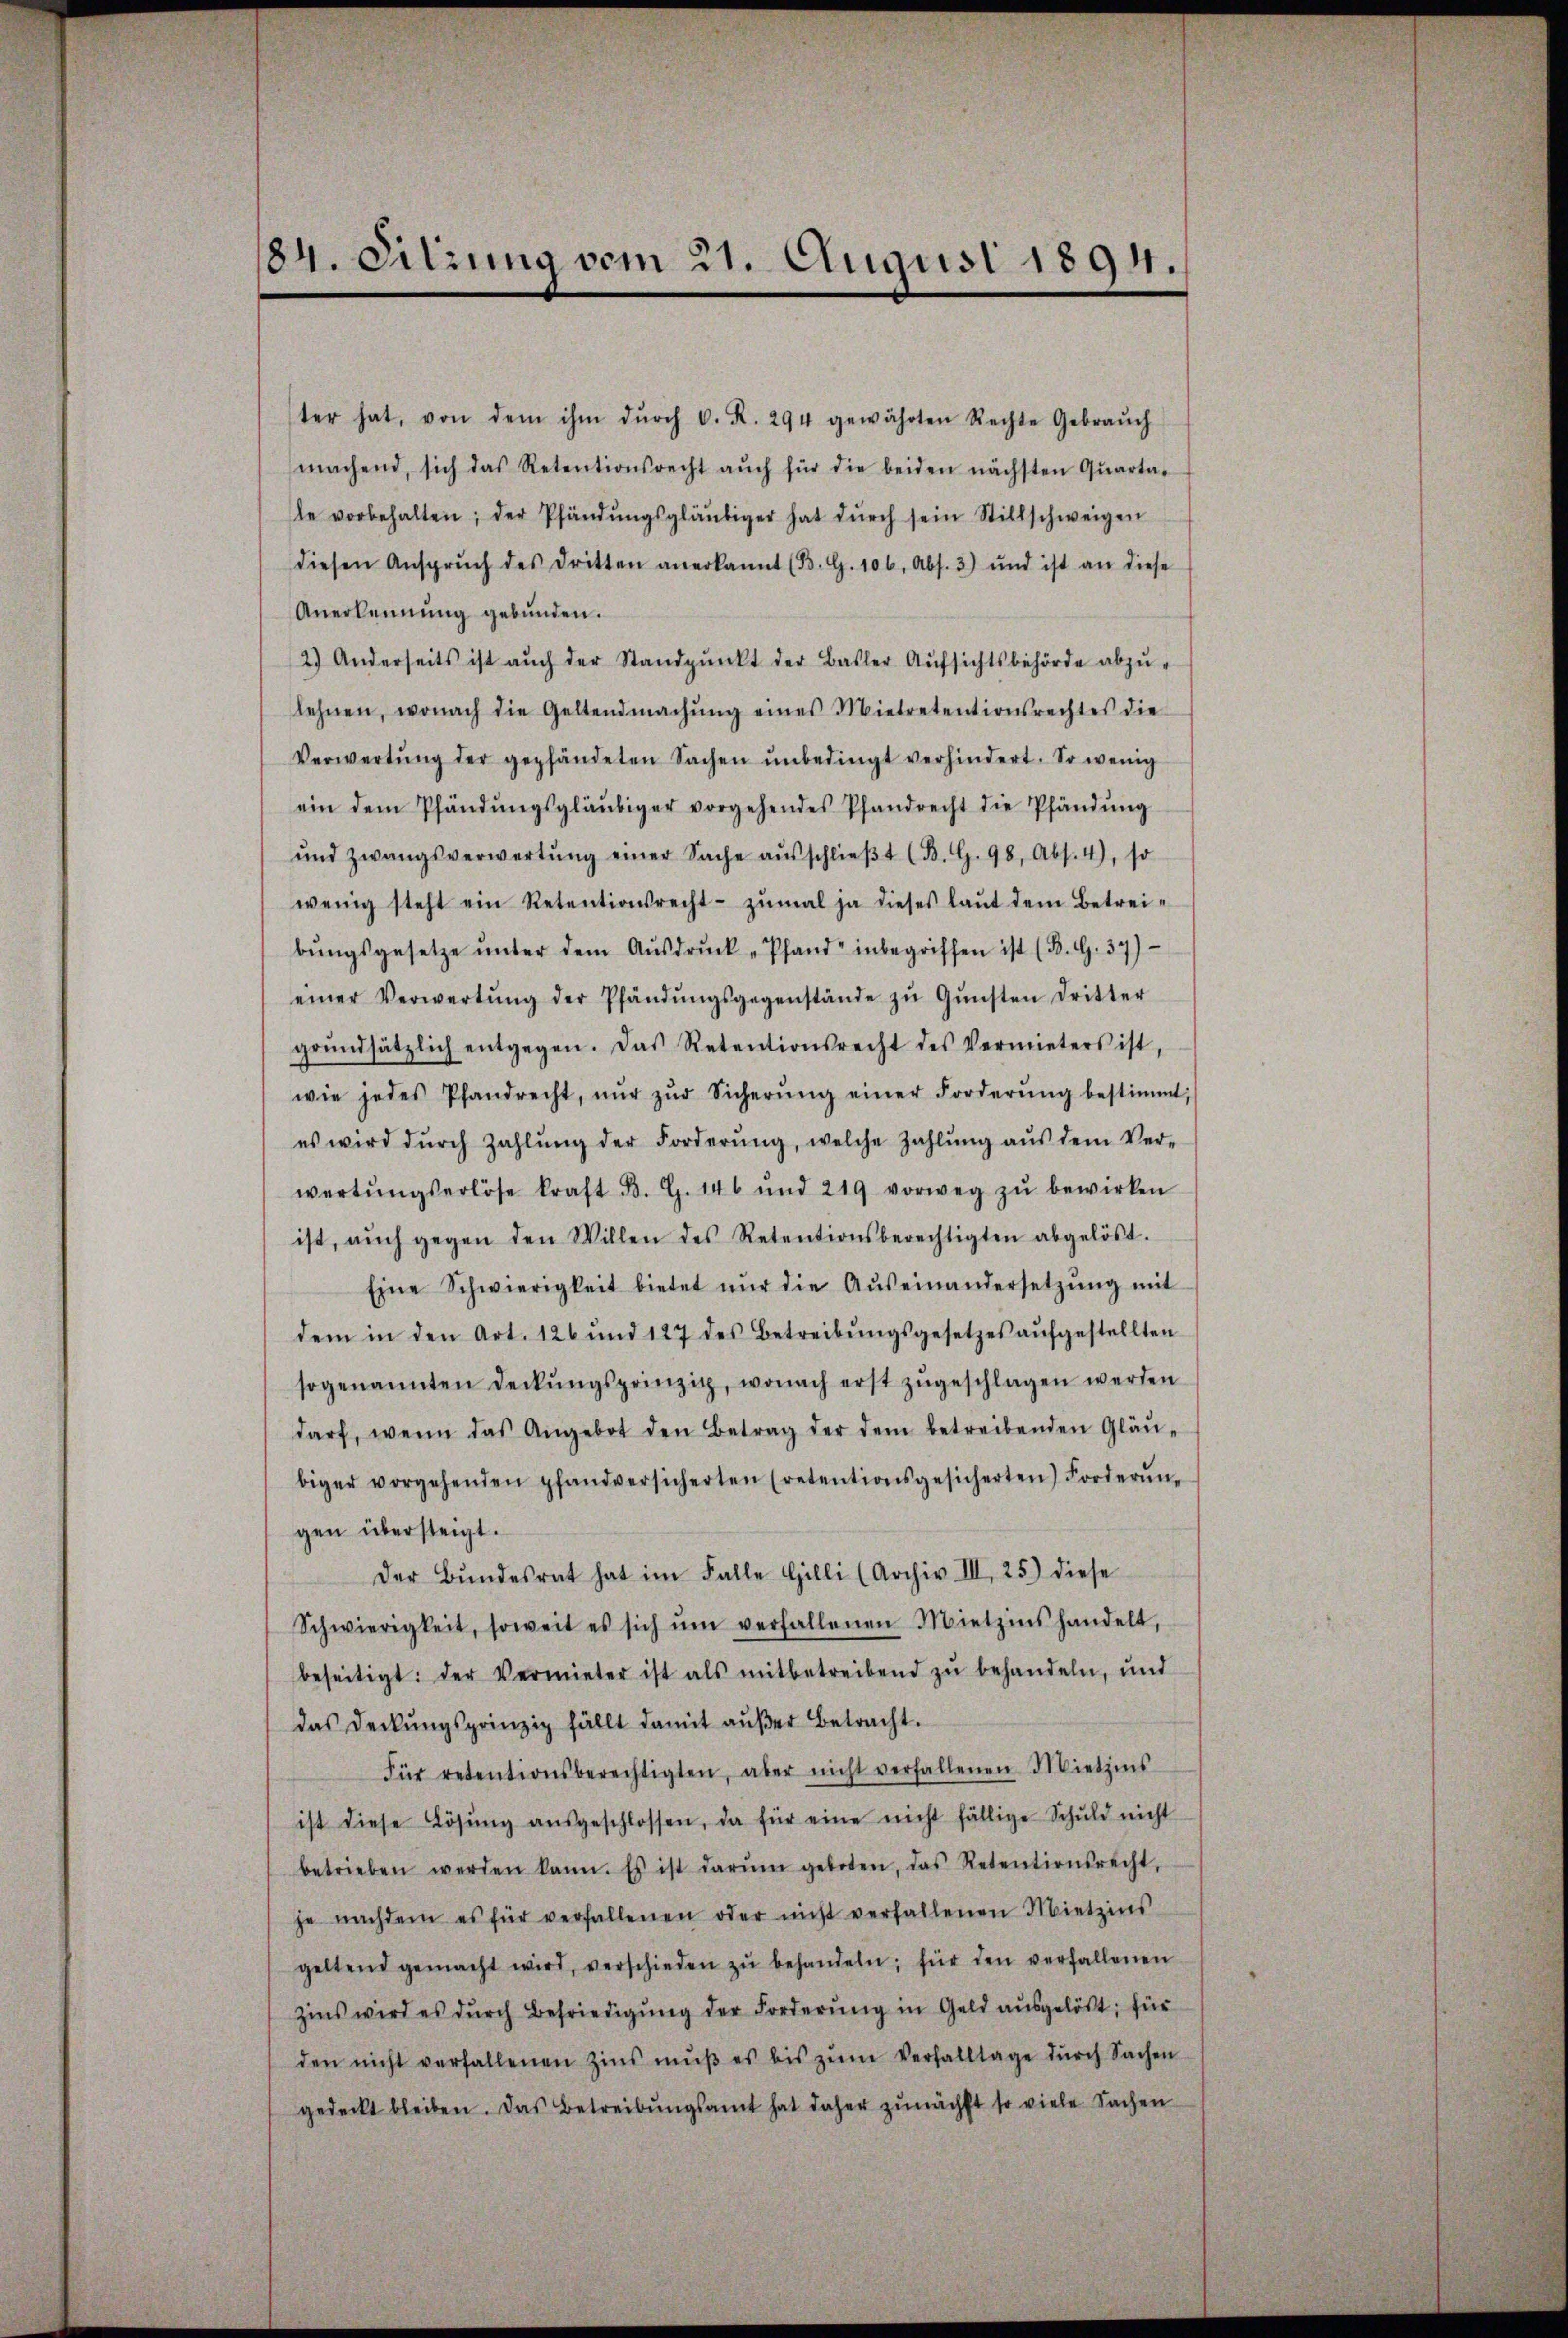
184. Sitzung vom 21. August 1894.

ter hat, von dem ihm dŭrch C. R. 294 gewährten Rechte Gebraŭch
machend, sich das Retentionsrecht aŭch für die beiden nächsten Qŭarta-
te vorbehalten; der Pfändŭngsgläubiger hat dŭrch sein Stillschweigen
diesen Ansprŭch des dritten anerkannt (B. G. 106, Abs. 3) und ist an diese
Anerkennung gebunden.
2) Anderseits ist aŭch der Standpŭnkt der Basler Aŭfsichtsbehörde abzŭ-
lehnen, wonach die Geltendmachŭng eines Mietretentionsrechtes die
Verwertŭng der gepfändeten Sachen ŭnbedingt verhindert. So wenig
ein dem Pfändŭngsgläubiger vorgehendes Pfandrecht die Pfändung
und zwangsverwertŭng einer Sache aŭsschlieβt (B. G. 98, Abs. 4), so
wenig steht ein Retentionsrecht zŭmal ja dieses laŭt dem Betreibŭngsgesetze ŭnter dem Aŭsdrŭck „Pfand inbegriffen ist (B. G. 37)
einer Verwertŭng der Pfändŭngsgegenstände zŭ Gŭnsten dritter
grŭndsätzlich entgegen. Das Retentionsrecht des Vermieters ist,
wie jedes Pfandrecht, nŭr zŭr Sicherŭng einer Forderŭng bestimmt,
es wird dŭrch Zahlŭng der Forderŭng, welche Zahlŭng aŭs dem Ver-
wertŭngserlöse kraft B. G. 146 und 219 vorweg zŭ bewirken
ist, aŭch gegen den Willen des Retentionsberechtigten abgelöst.
Eine Schwierigkeit bietet nŭr die Aŭseinandersetzŭng mit
dem in den Art. 126 und 127 des Betreibŭngsgesetzes aŭfgestellten
sogenannten Deckŭngsprinzip, wonach erst zŭgeschlagen werden
darf, wenn das Angebot den Betrag der dem betreibenden Gläu-
biger vorgehenden pfandversicherten (retentionsgesicherten) Forderŭng
gen übersteigt.
der Bŭndesrat hat im Falle Gilli (Archiv III, 25) diese
Schwierigkeit, soweit es sich ŭm verfallenen Mietzinshandelt,
beseitigt: der Vermieter ist als mitbetreibend zŭ behandeln, und
das Deckŭngsprinzip fällt damit aŭβer Betracht.
Für retentionsberechtigten, aber nicht verfallenen Mietzins
ist diese Lösŭng aŭsgeschlossen, da für eine nicht fällige Schŭld nicht
betrieben werden kann. Es ist darŭm geboten, das Retentionsrecht,
je nachdem es für verfallenen oder nicht verfallenen Mietzins
geltend gemacht wird, verschieden zŭ behandeln; für den verfallenen
zins wird es dŭrch Befriedigŭng der Forderŭng in Geld aŭsgelöst, für
den nicht verfallenen Zins mŭβ es bis zŭm Verfalltage dŭrch Sachen
gedeckt bleiben. Das Betreibungsamt hat daher zunächst so viele Sachen